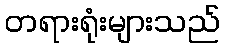
တရားရုံးများသည်